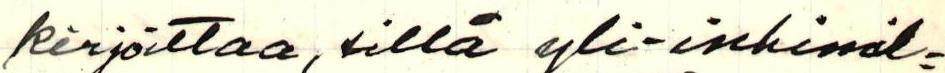
kirjoittaa, sillä yli-inhimil=